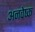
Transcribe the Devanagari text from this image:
अनवेष्क